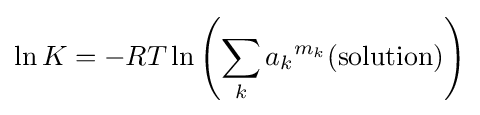
\ln K=-RT\ln \left(\sum _{k}{a_{k}}^{m_{k}}\mathrm {(solution)} \right)